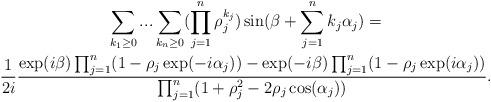
LaTeX: \begin{gather*}\sum_{k_{1}\geq0}...\sum_{k_{n}\geq0}(\prod_{j=1}^{n}\rho_{j}^{k_{j}})\sin(\beta+\sum_{j=1}^{n}k_{j}\alpha_{j})\allowbreak=\allowbreak\\\frac{1}{2i}\frac{\exp(i\beta)\prod_{j=1}^{n}(1-\rho_{j}\exp(-i\alpha_{j}))-\exp(-i\beta)\prod_{j=1}^{n}(1-\rho_{j}\exp(i\alpha_{j}))}{\prod_{j=1}^{n}(1+\rho_{j}^{2}-2\rho_{j}\cos(\alpha_{j}))}\allowbreak.\end{gather*}